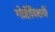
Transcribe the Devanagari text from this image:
गोष्टींविशयीं